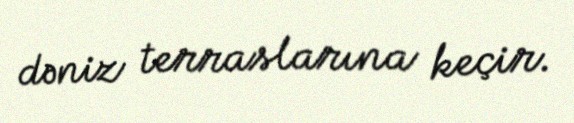
dəniz terraslarına keçir.